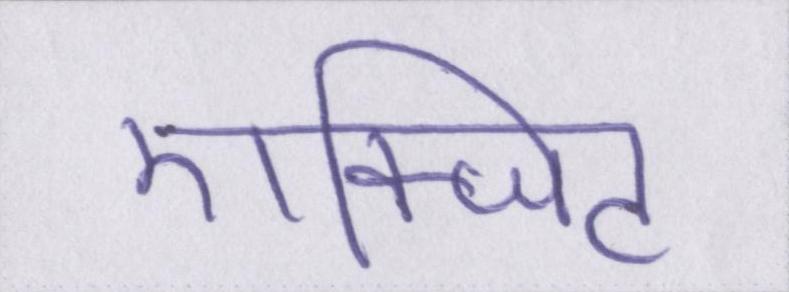
एक्जिट